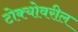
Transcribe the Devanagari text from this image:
टोक्योवरील